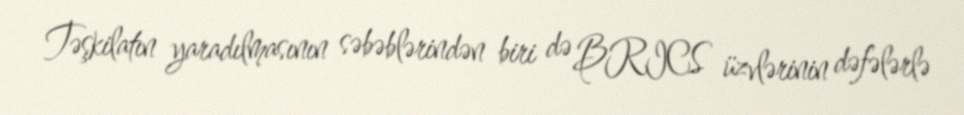
Təşkilatın yaradılmasının səbəblərindən biri də BRICS üzvlərinin dəfələrlə